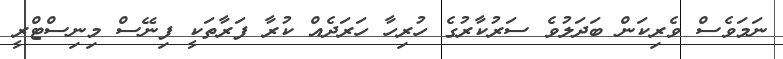
ނަމަވެސް ވެރިކަން ބަދަލުވެ ސަރުކާރުގެ ހުރިހާ ހަރަދެއް ކުރާ ފަރާތަކީ ފިނޭސް މިނިސްޓްރީ